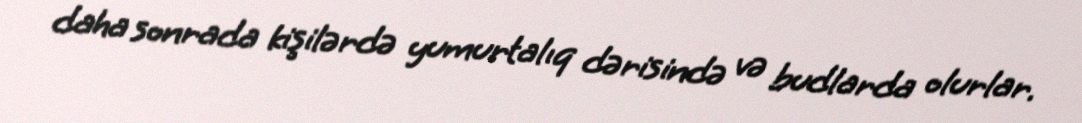
daha sonrada kişilərdə yumurtalıq dərisində və budlarda olurlar.